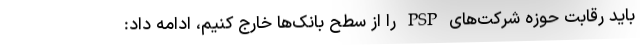
باید رقابت حوزه شرکت‌های PSP را از سطح بانک‌ها خارج کنیم، ادامه داد: